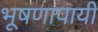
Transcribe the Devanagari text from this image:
भूषणापायी